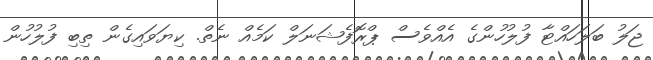
ޖަލު ބަލަހައްޓާ ފުލުހުންގެ އެއްވެސް ޕްރޮފެޝަނަލް ކަމެއް ނެތް. ކިޔަވައިގެން ތިބި ފުލުހުން